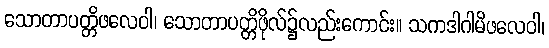
သောတာပတ္တိဖလေဝါ၊ သောတာပတ္တိဖိုလ်၌လည်းကောင်း။ သကဒါဂါမိဖလေဝါ၊